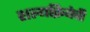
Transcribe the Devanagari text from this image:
शल्यक्रियेची